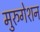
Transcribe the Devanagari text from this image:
मुरुगेशन